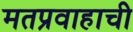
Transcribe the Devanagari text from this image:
मतप्रवाहाची